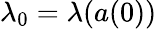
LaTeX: \lambda_{0}=\lambda({a}(0))